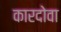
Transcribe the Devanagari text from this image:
कारदोवा